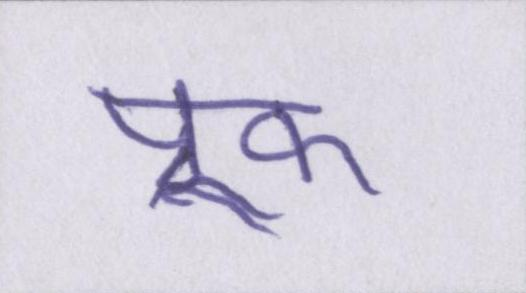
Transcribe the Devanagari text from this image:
प्रूफ